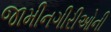
જામીનગીરીઓની